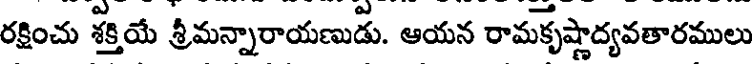
రక్షించు శక్తియే శ్రీమన్నారాయణుడు. ఆయన రామకృష్ణాద్యవతారములు